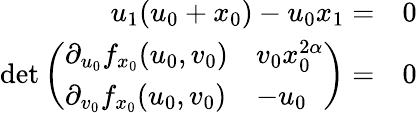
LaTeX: \begin{array}{rl}{u_{1}(u_{0}+x_{0})-u_{0}x_{1}=}&{0}\\ {\operatorname*{det}\left(\begin{array}{ll}{\partial_{u_{0}}f_{x_{0}}(u_{0},v_{0})}&{v_{0}x_{0}^{2\alpha}}\\ {\partial_{v_{0}}f_{x_{0}}(u_{0},v_{0})}&{-u_{0}}\end{array}\right)=}&{0}\end{array}